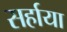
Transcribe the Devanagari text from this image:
सर्हाया